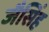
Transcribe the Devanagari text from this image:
जैसिंह